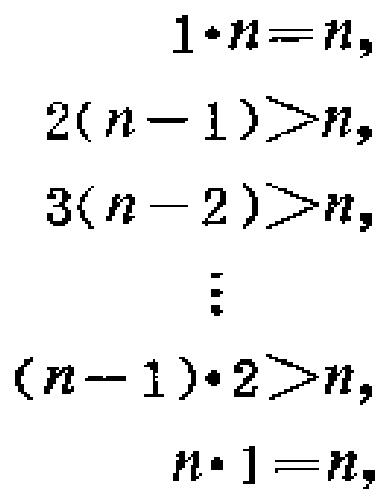
\[

\begin{align*}

1\cdot n&=n,\\

2(n - 1)&>n,\\

3(n - 2)&>n,\\

&\vdots\\

(n - 1)\cdot 2&>n,\\

n\cdot 1&=n,

\end{align*}

\]